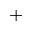
^ +